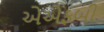
એએફબી